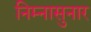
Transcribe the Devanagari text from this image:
निम्नासुनार